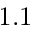
1 . 1